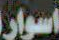
اسوار